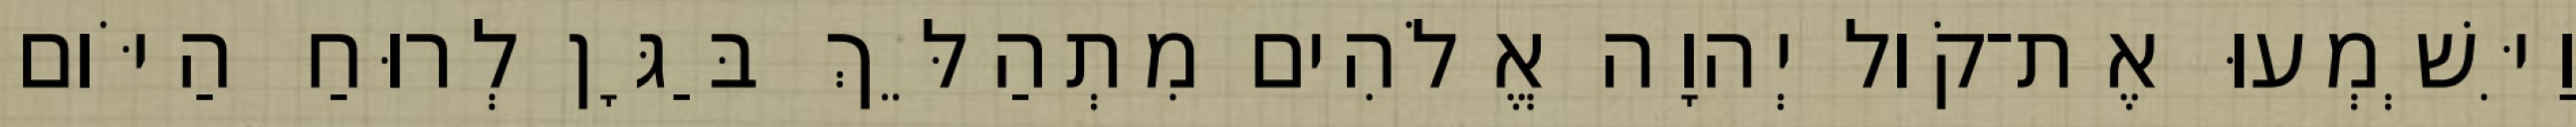
וַיִּשְׁמְעוּ אֶת־קֹול יְהוָה אֱלֹהִים מִתְהַלֵּךְ בַּגָּן לְרוּחַ הַיֹּום